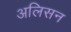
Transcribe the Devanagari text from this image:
अलिसन